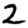
Digit: 2